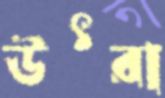
উৎরা